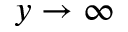
y \to \infty